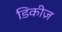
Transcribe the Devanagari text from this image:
डिकीज़